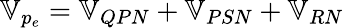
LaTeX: \mathbb{V}_{p_{e}}=\mathbb{V}_{QPN}+\mathbb{V}_{PSN}+\mathbb{V}_{RN}